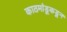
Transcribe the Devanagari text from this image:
काठमांडूकडून